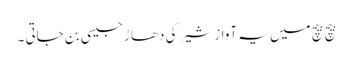
بیچ بیچ میں یہ آواز شیر کی دھاڑ جیسی بن جاتی ۔